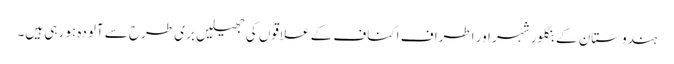
ہندوستان کے بنگلور شہر اور اطراف اکناف کے علاقوں کی جھیلیں بری طرح سے آلودہ ہو رہی ہیں۔